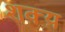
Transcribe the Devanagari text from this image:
शक्य़